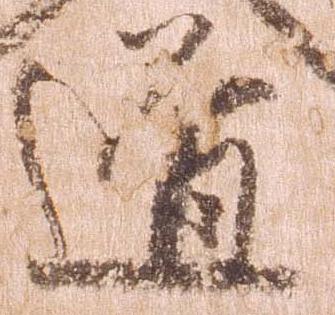
道